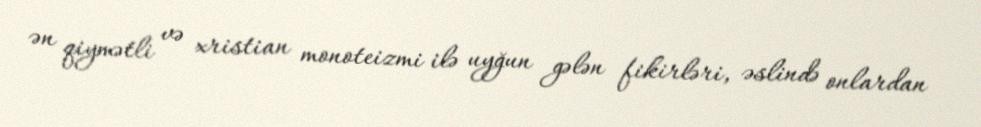
ən qiymətli və xristian monoteizmi ilə uyğun gələn fikirləri, əslində onlardan